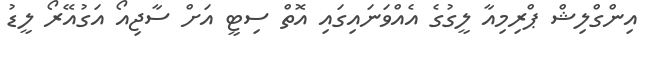
އިންގްލިޝް ޕްރިމިއާ ލީގުގެ އެއްވަނައިގައި އޮތް ސިޓީ އަށް ސާޖިއޯ އަގުއޭރޯ ލީޑު